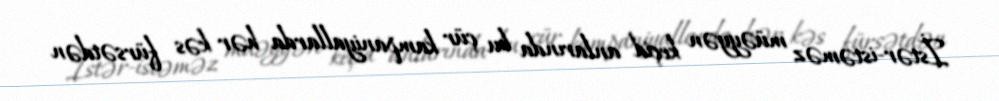
İstər-istəməz müəyyən keçid anlarında bu çür kampaniyallarda hər kəs fürsətdən